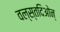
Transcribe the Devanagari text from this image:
वल्स्तदिओन्